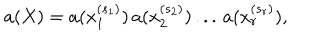
a ( X ) = a ( x _ { 1 } ^ { ( s _ { 1 } ) } ) \, a ( x _ { 2 } ^ { ( s _ { 2 } ) } ) \, . . . \, a ( x _ { r } ^ { ( s _ { r } ) } ) ,